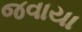
જવાયા